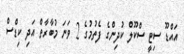
އައްޑޫ ސިޓީ ސްކޫލް ކުދިންގެ ފެތުމުގެ 2 ވަނަ މުބާރާތް އަދި ކިޑްސް